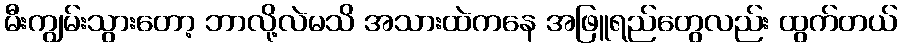
မီးကျွမ်းသွားတော့ ဘာလို့လဲမသိ အသားထဲကနေ အဖြူရည်တွေလည်း ထွက်တယ်